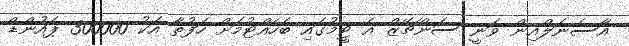
އާސެނަލްއިން ވަނީ ސަންޗޭޒް އެ ޓީމުގައި ބެހެއްޓުމަށް ހަފުތާ އަކު 300000 ޕައުންޑް